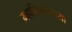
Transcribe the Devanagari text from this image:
महासिनेमाच्या